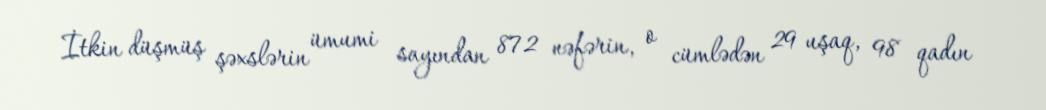
İtkin düşmüş şəxslərin ümumi sayından 872 nəfərin, o cümlədən 29 uşaq, 98 qadın